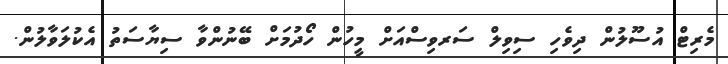
މެރިޓް އުސޫލުން ދިވެހި ސިވިލް ސަރވިސްއަށް މީހުން ހޯދުމަށް ބޭނުންވާ ސިޔާސަތު އެކުލަވާލުން.